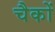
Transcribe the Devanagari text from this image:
चैकों